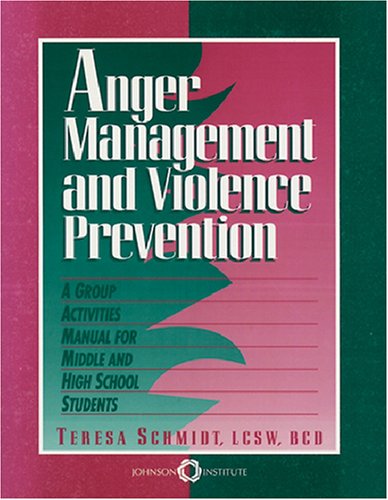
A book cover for Anger Management And Violence Prevention: A Group Activities Manual For Middle And High School Students; Teresa M. Schmidt  M.S.W.  L.C.S.W.  B.C.D.; Self-Help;